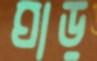
ঘাড়